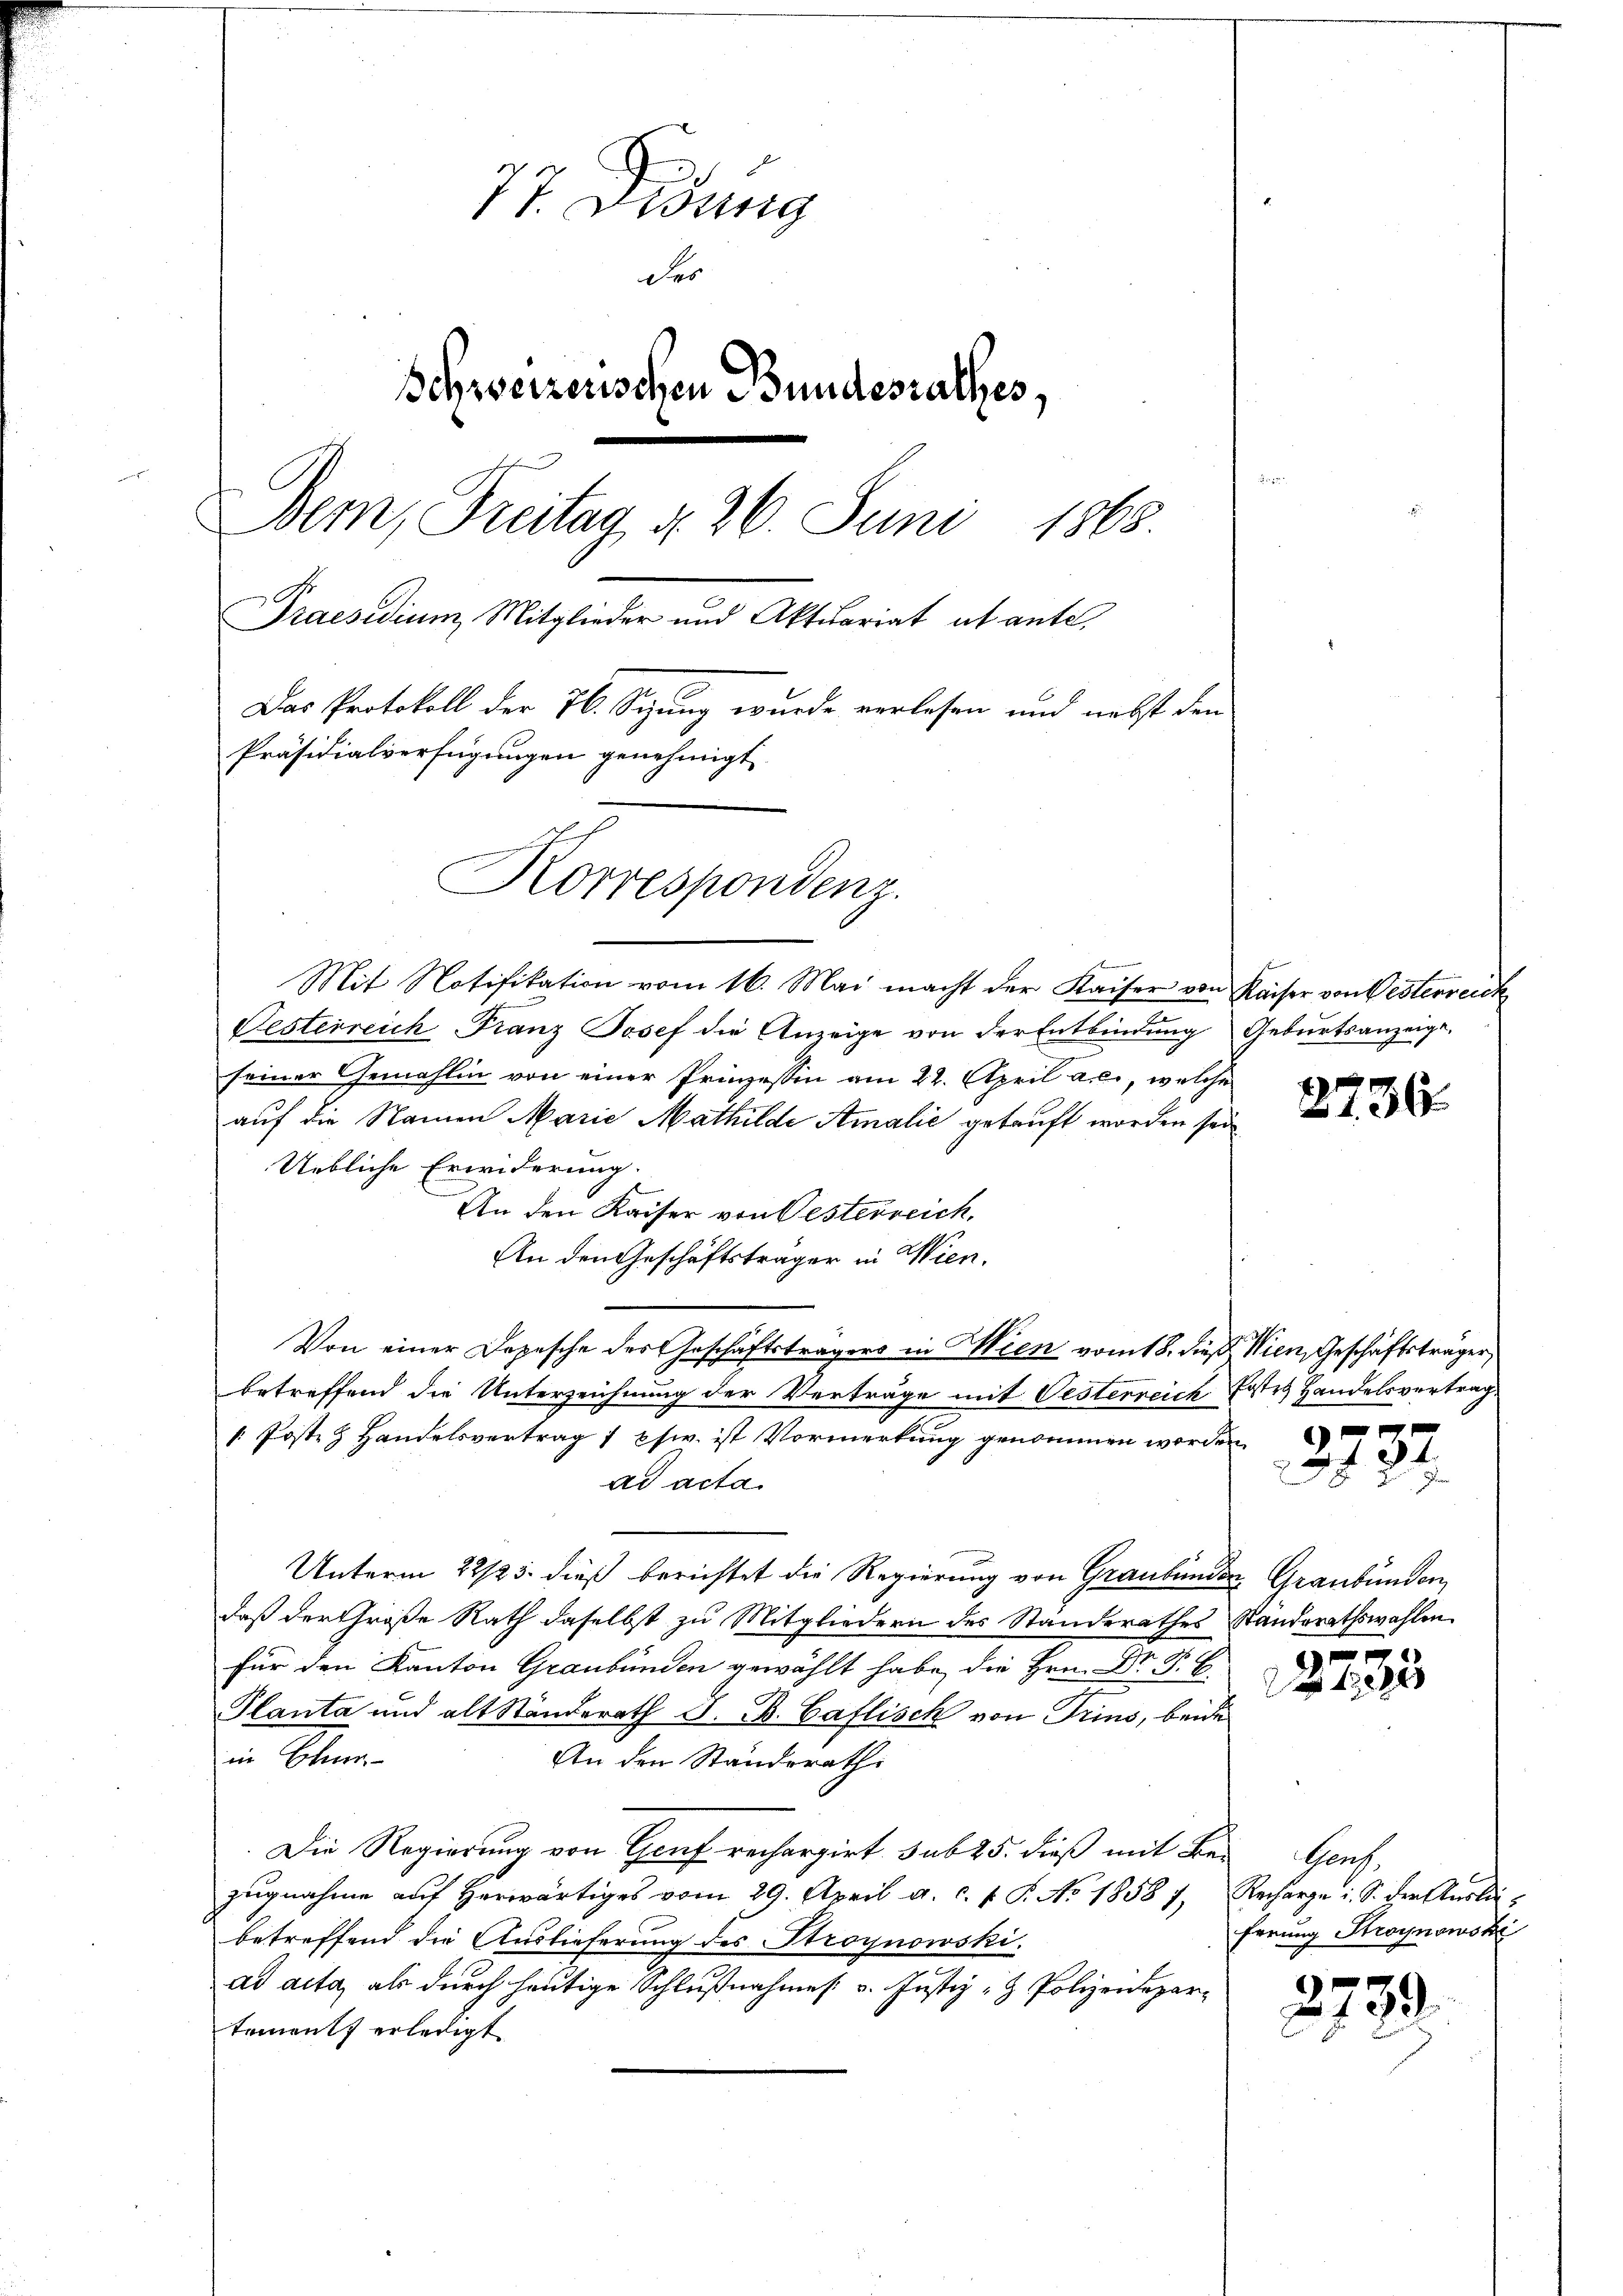
77. Distrig
der
Schweizerischen Bundesrathes,
Bem, Freitag d. 26. Juni 1865.
Praesidium, Mitglieder und Aktuariat als antel,
Das Protokoll der 76. Syzung wurde verlesen und nebst den
Präsidialverfügungen genehmigt.
Korrespondenz.

Mit Notifikation vom 16. Mai macht der Kaiser von Kaiser von Oesterreich
Festerreich Franz Josef die Anzeige von der Entbindŭng Gebŭrtsanzeige.
seiner Gemahlin von einer Prinzessin am 22. April a. c., welche
auf die Namen Marie Mathilde Amalie getauft worden sei
Uebliche Erwiderung.
An den Kaiser von Oesterreich,
An den Geschäftsträger in Wien.
Von einer Depesche des Geschäftsträgers in Wien vom 18. dieß Wien, Geschäftsträger,
betreffend die Unterzeichnung der Verträge mit Vesterreich Erstes Handelsvertrag
/ Posten Handelsvertrag 1 psw. ist Vormerkung genommen worden
ad acta.
Unterm 22/25. dieß berichtet die Regierung von Graubünden Graubünden,
daß der Große Rath daselbst zu Mitgliedern des Standerathes Standsrathswahlen.
für den Kanton Graubünden gewählt habe, die Hrn. Dr. P. E
Planta und alt Standerath J. B. Caflisch von Trins, beide
in Ehe-
An den Standsrath
Die Regierung von Genf rechargirt. sub 25. dieß mit Bezugnahme auf herwärtiges vom 29. April a. c. f. S. No 1858 1, Recharge u. S. der Ausliebetreffend die Auslieferung des Stroynowski.
ad acta, als durch heutige Schlußnahmes. v. Justiz- & Polizeidepartement erledigt

2736

3 f 24

2733

Prach.
ferung Stroynowski

2739.